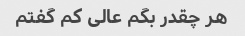
هر چقدر بگم عالی کم گفتم